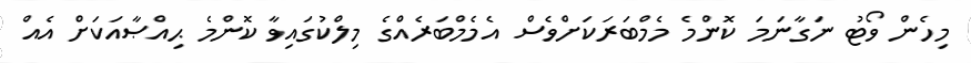
މިހެން ވޯޓު ނަގާނަމަ ކޮންމެ މެމްބަރަކަށްވެސް އެމެމްބަރެއްގެ މިލްކުގައިވާ ކޮންމެ ޙިއްޞާއަކަށް އެއް